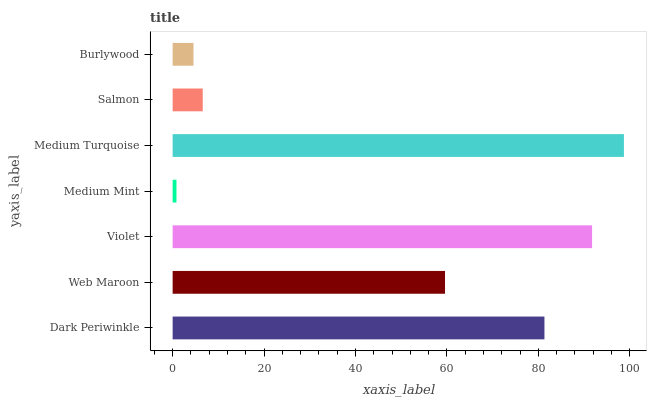
| yaxis_label | bars |
 | --- | --- |
 | Dark Periwinkle | 81.3 |
 | Web Maroon | 59.6 |
 | Violet | 91.8 |
 | Medium Mint | 0.837 |
 | Medium Turquoise | 98.7 |
 | Salmon | 6.59 |
 | Burlywood | 4.56 |